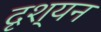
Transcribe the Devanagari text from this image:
दृश्यन